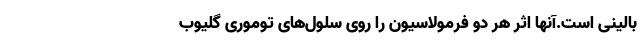
بالینی است.آنها اثر هر دو فرمولاسیون را روی سلول‌های توموری گلیوب